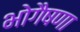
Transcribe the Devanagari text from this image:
भोगैषणा